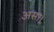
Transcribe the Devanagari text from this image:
असा।